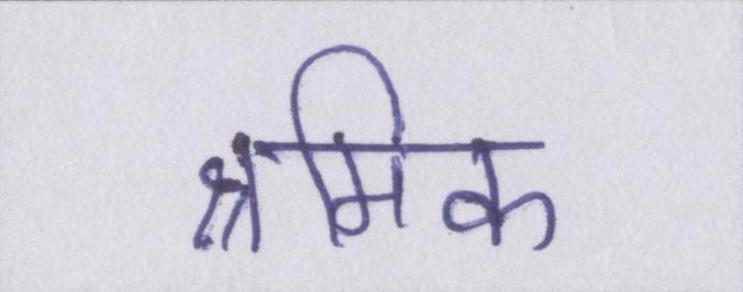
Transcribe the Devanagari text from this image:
श्रमिक